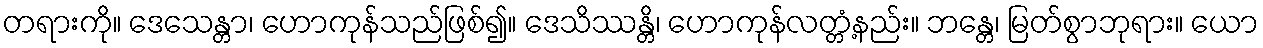
တရားကို။ ဒေသေန္တာ၊ ဟောကုန်သည်ဖြစ်၍။ ဒေသိဿန္တိ၊ ဟောကုန်လတ္တံ့နည်း။ ဘန္တေ၊ မြတ်စွာဘုရား။ ယော